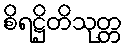
စိရဋ္ဌိတိသုတ္တ